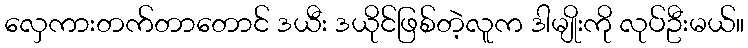
လှေကားတက်တာတောင် ဒယီး ဒယိုင်ဖြစ်တဲ့လူက ဒါမျိုးကို လုပ်ဦးမယ်။